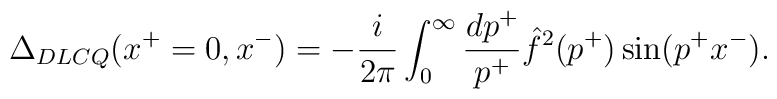
\Delta_{DLCQ} (x^+ = 0, x^-) = - {i \over 2 \pi} \int_0^{\infty} {dp^+ \over p^+} \hat{f}^2 (p^+)\sin(p^+ x^-).